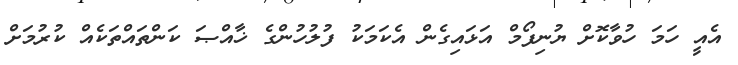
އެއީ ހަމަ ހުވާކޮށް ޔުނިފޯމް އަޅައިގެން އެކަމަކު ފުލުހުންގެ ޚާއްޞަ ކަންތައްތަކެއް ކުރުމަށް